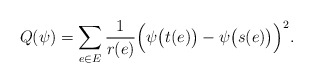
\begin{align*} Q(\psi) = \sum_{e \in E} \frac1{r(e)} \Big(\psi\big(t(e)\big)-\psi\big(s(e)\big)\Big)^2.\end{align*}